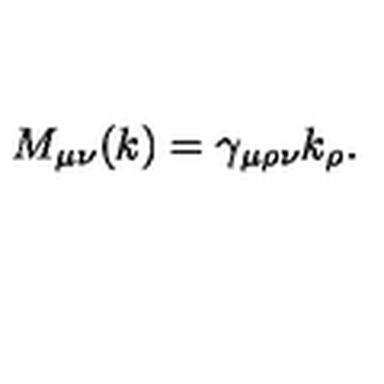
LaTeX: M _ { \mu \nu } ( k ) = \gamma _ { \mu \rho \nu } k _ { \rho } .